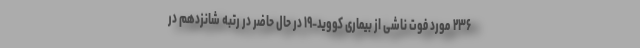
۲۳۶ مورد فوت ناشی از بیماری کووید-۱۹ در حال حاضر در رتبه شانزدهم در